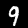
Label: 9